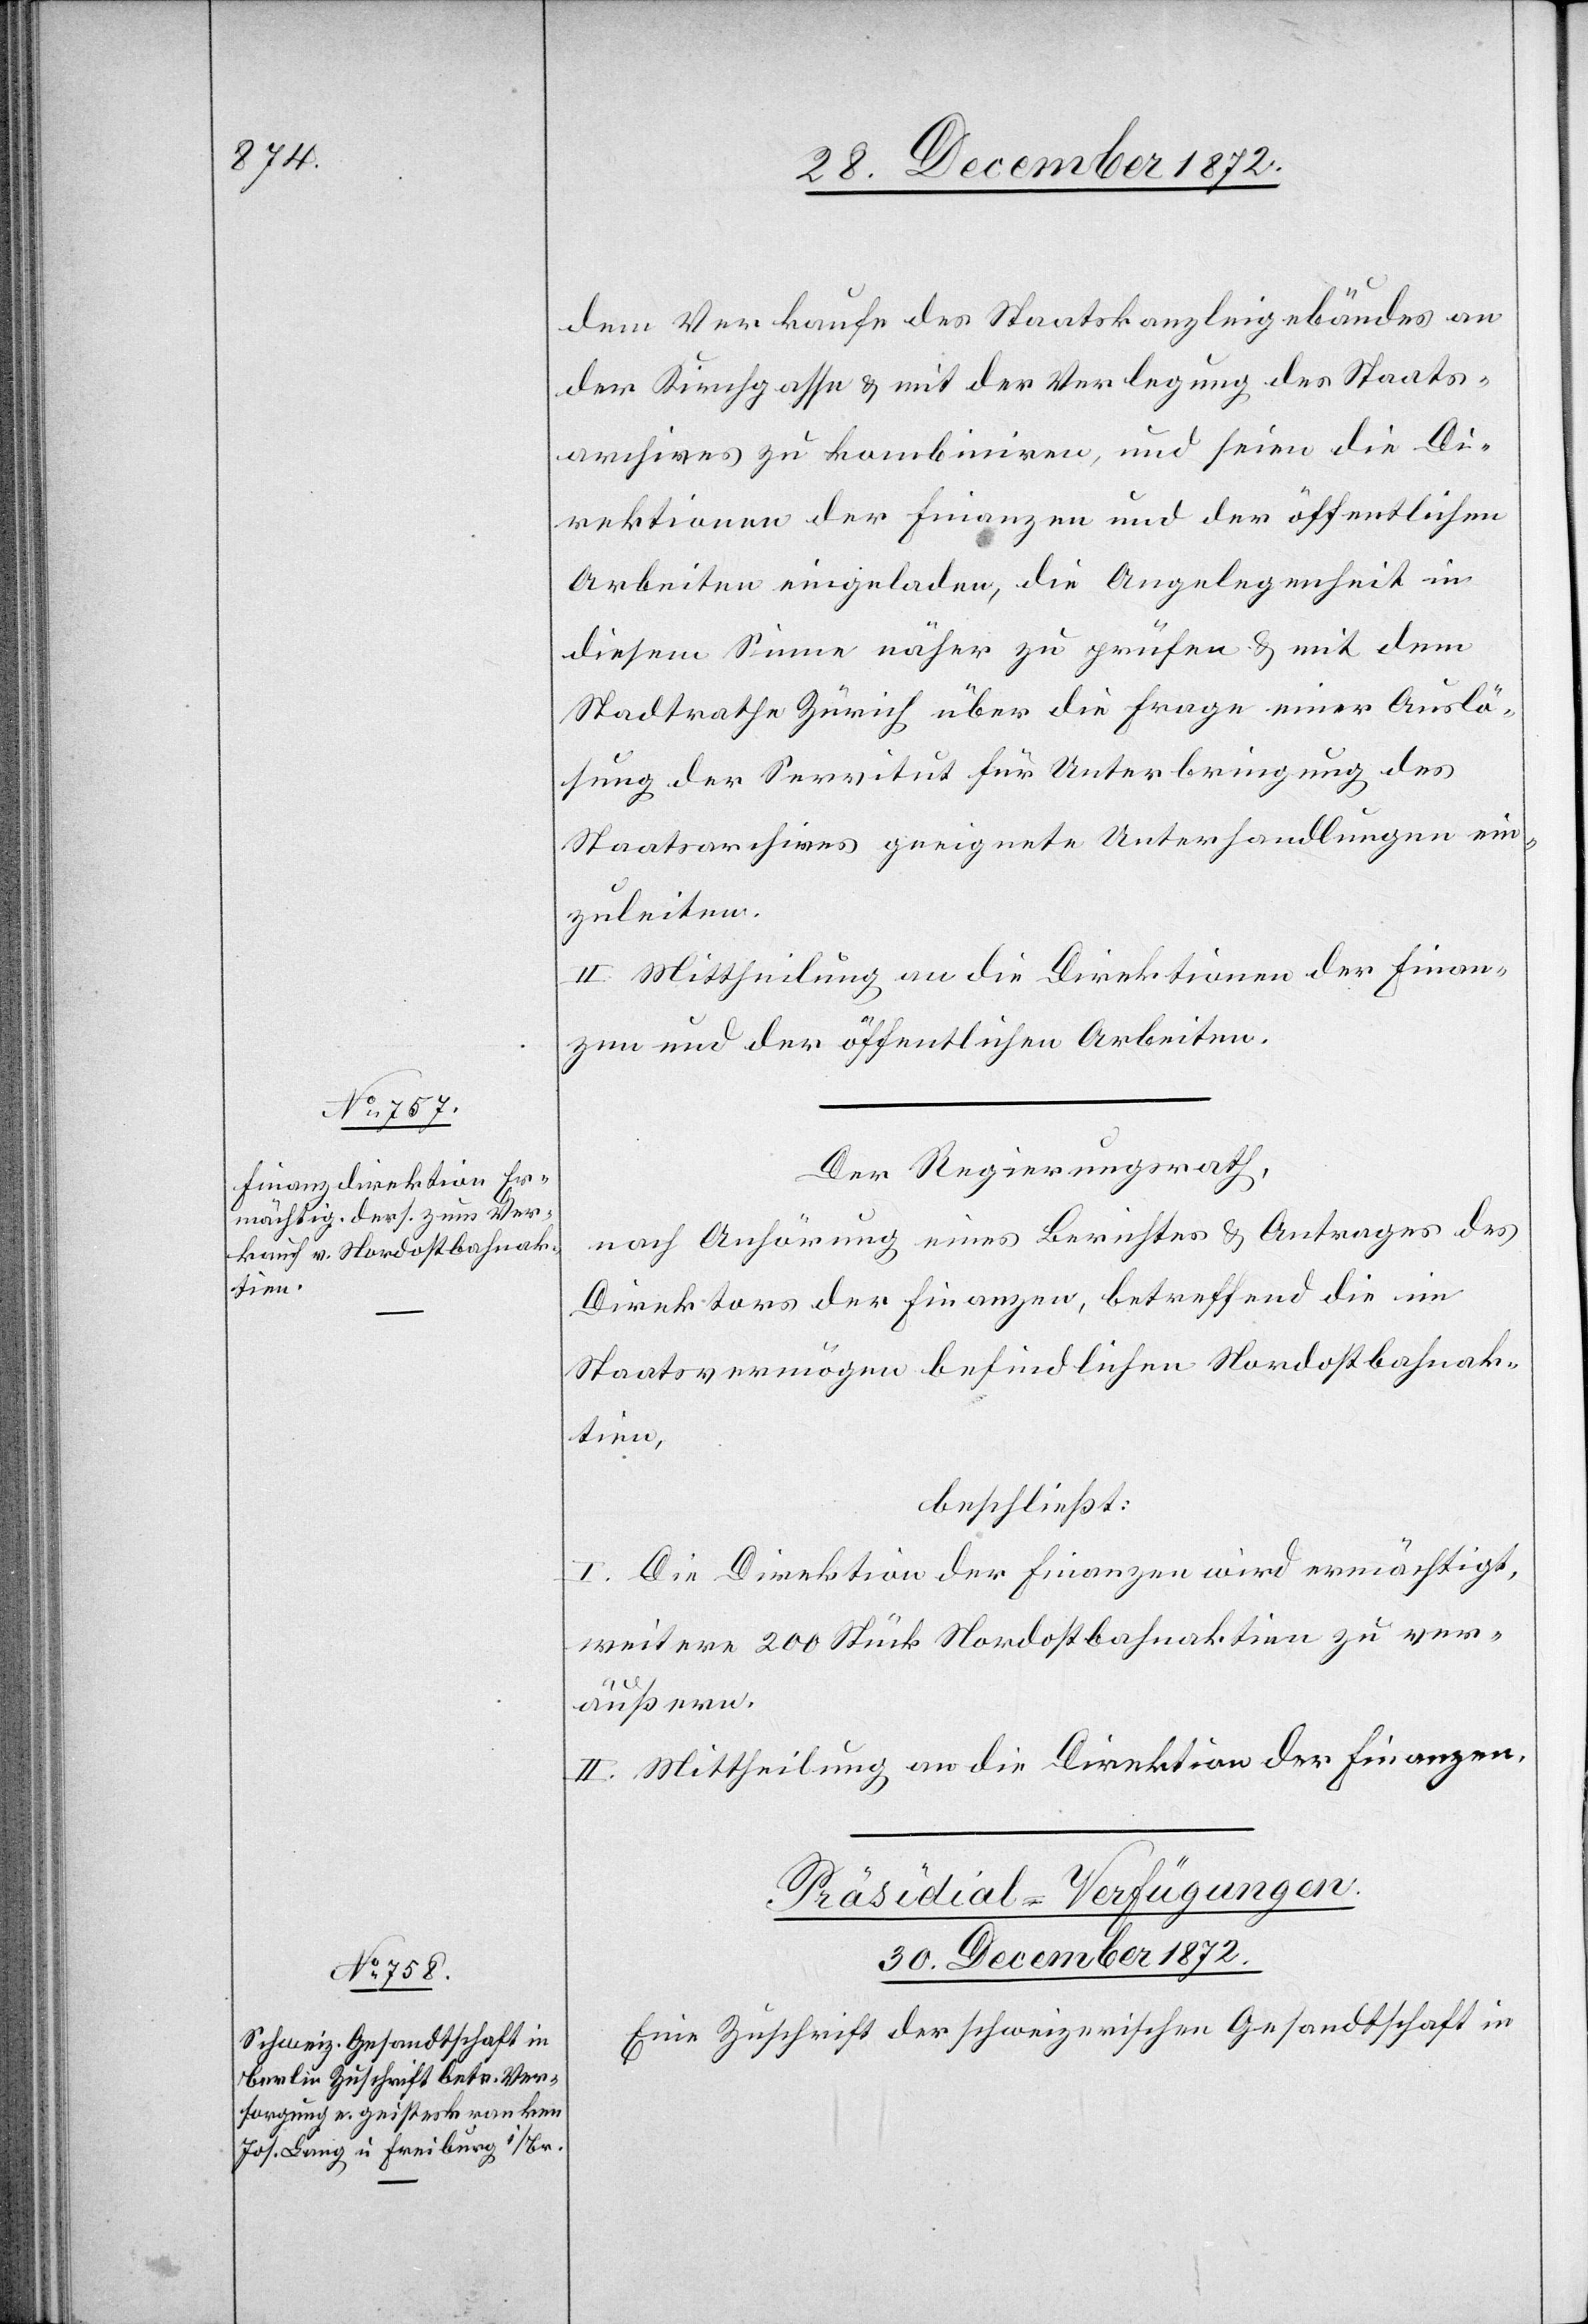
dem Verkaufe des Staatskanzleigebäudes von
der Kirchgasse u. mit der Verlegung des Staats¬
archives zu kombiniren, und seien die Di¬
rektionen der Finanzen und der öffentlichen
Arbeiten eingeladen, die Angelegenheit in
diesem Sinne näher zu prüfen u. mit dem
Stadtrathe Zürich über die Frage einer Auslö¬
sung der Servitut für Unterbringung des
Staatsarchives geeignete Unterhandlungen ein¬
zuleiten.
II. Mittheilung an die Direktionen der Finan¬
zen und der öffentlichen Arbeiten.
Der Regierungsrath,
nach Anhörung eines Berichtes u. Antrages des
Direktors der Finanzen, betreffend die im
Staatsvermögen befindlichen Nordostbahnak¬
tien,
beschließt:
I. Die Direktion der Finanzen wird ermächtigt,
weitere 200 Stück Nordostbahnaktien zu ver¬
äußern.
II. Mittheilung an die Direktion der Finanzen.
Präsidial-Verfügungen.
30. December 1872.
Eine Zuschrift der schweizerischen Gesandtschaft in